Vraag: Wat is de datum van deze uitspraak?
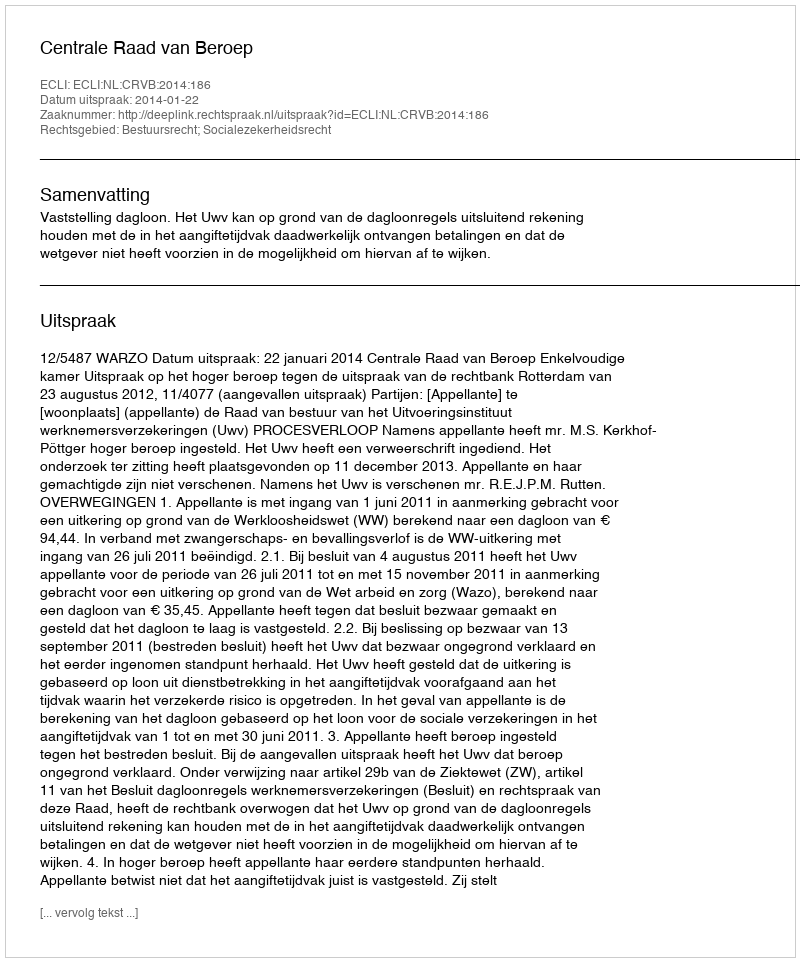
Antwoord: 2014-01-22